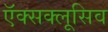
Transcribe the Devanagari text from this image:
ऍक्सक्लूसिव